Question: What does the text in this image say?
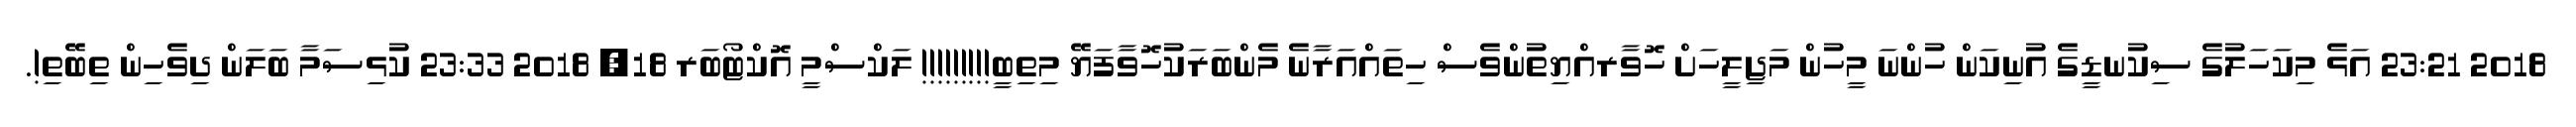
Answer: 2018 23:21 އަޅެ މިކަހަލުގެ ސިކުނޑީގެ އުނިކަން ހުންނަ މީހުން މަޖިލީހަށް ހޮވާރއްޔިތުންވެސް ހިތައްއަރާނެ މެންބަރަކުހޮވާފަޔޭ މިތިބީ!!!!!!!!! ލަކްސްމީ އޮކްޓޯބަރ 18, 2018 23:33 ކުޅިސަމާ ބަލަން ދިވެހިން ތިބޭތި!.